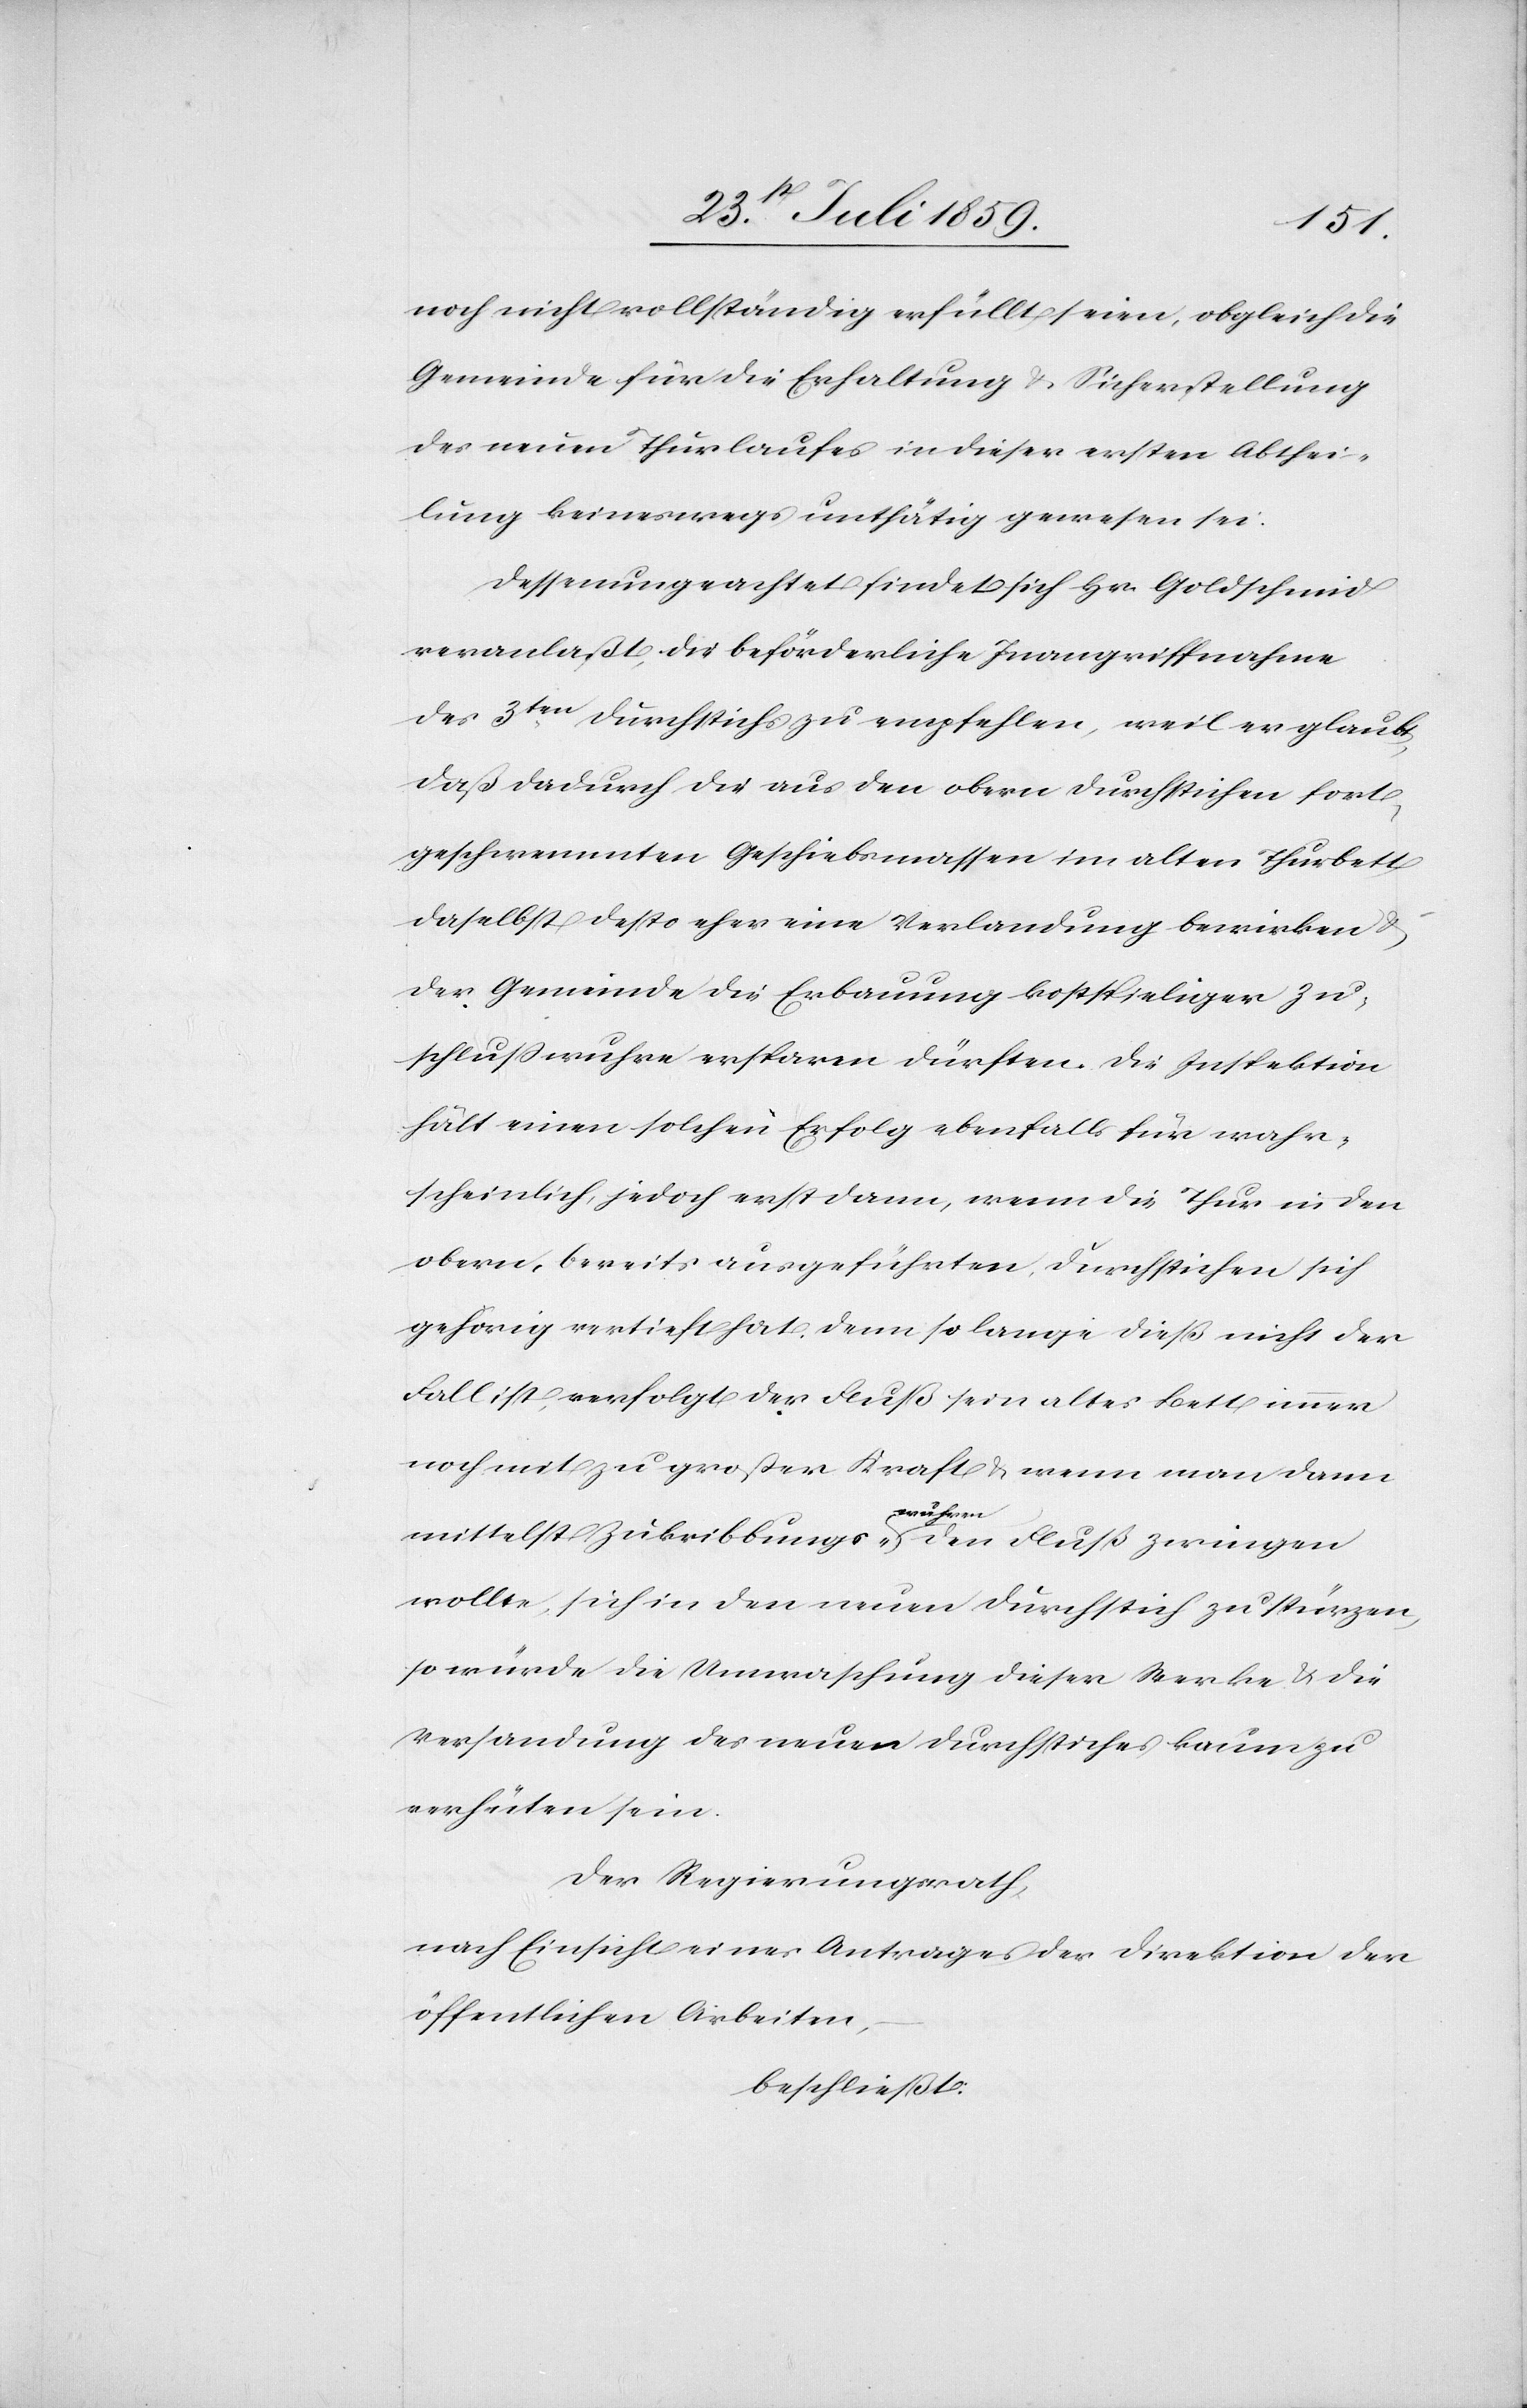
noch nicht vollständig erfüllt seien, obgleich die
Gemeinde für die Erhaltung u. Sicherstellung
des neuen Thurlaufes in dieser ersten Abthei¬
lung keineswegs unthätig gewesen sei.
Dessenungeachtet findet sich Hr. Goldschmid
veranlaßt, die beförderliche Inangriffnahme
des 3ten. Durchstichs zu empfehlen, weil er glaubt,
daß dadurch die aus den obern Durchstichen fort¬
geschwemmten Geschiebsmassen im alten Thurbett
daselbst desto eher eine Verlandung bewirken u.
der Gemeinde die Erbauung kostspieliger Zu¬
schußwuhre ersparen dürften. Die Inspektion
hält einen solchen Erfolg ebenfalls für wahr¬
scheinlich, jedoch erst dann, wenn die Thur in den
obern, bereits ausgeführten, Durchstichen sich
gehörig vertieft hat. Denn so lange dieß nicht der
Fall ist, verfolgt der Fluß sein altes Bett immer
noch mit zu großer Kraft u. wenn man dann
mittelst Zukribbungs-wuhren den Fluß zwingen
wollte, sich in den neuen Durchstich zu stürzen,
so würde die Umwaschung dieser Werke u. die
Versandung des neuen Durchstiches kaum zu
verhüten sein.
Der Regierungsrath.
nach Einsicht eines Antrages der Direktion der
öffentlichen Arbeiten,
beschließt: